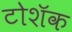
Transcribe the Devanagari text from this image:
टोशॅक